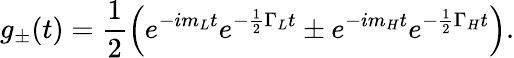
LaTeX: g_{\pm}(t)=\frac{1}{2}\left(e^{-im_{L}t}e^{-\frac 1{2}\Gamma_{L}t}\pm e^{-im_{H}t}e^{-\frac 1{2}\Gamma_{H}t}\right).